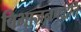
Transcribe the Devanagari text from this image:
विभाजनपद्धति